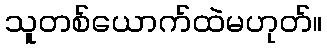
သူတစ်ယောက်ထဲမဟုတ်။